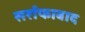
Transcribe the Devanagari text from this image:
सर्राफाबाद